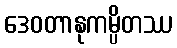
ဒေဝတာနုကမ္ပိတဿ